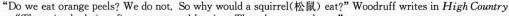
"Do we eat orange peels? We do not, So why would a squirrel(松鼠)eat?"Woodruff writes in High Country